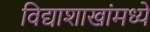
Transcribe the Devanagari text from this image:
विद्याशाखांमध्ये